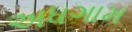
અધગામ